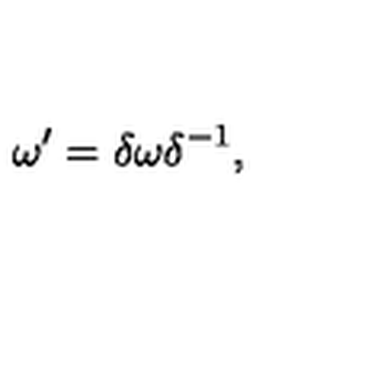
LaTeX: \omega ^ { \prime } = \delta \omega \delta ^ { - 1 } ,